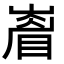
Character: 𭗙